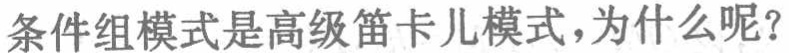
条件组模式是高级笛卡儿模式，为什么呢？